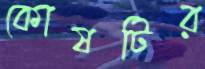
কোষটির